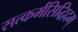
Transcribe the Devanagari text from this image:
सत्कर्मसिद्धिदम्